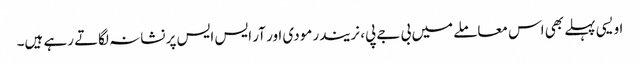
اویسی پہلے بھی اس معاملے میں بی جے پی، نریندر مودی اور آر ایس ایس پر نشانہ لگاتے رہے ہیں۔